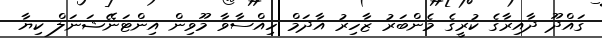
ގައްދޫ ދާއިރާގެ ކުރީގެ މެންބަރު ޒާހިރު އާދަމް ހިއްސާވާ މޫވިން އިންޓަނޭޝަނަލް ކިޔާ